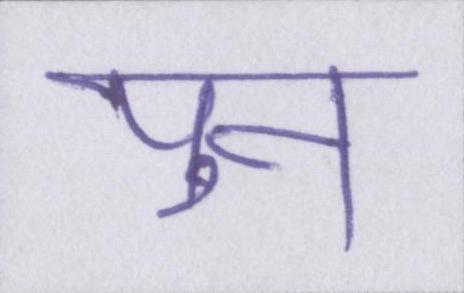
पुन